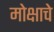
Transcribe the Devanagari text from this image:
मोक्षाचे